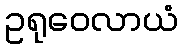
ဥရုဝေလာယံ